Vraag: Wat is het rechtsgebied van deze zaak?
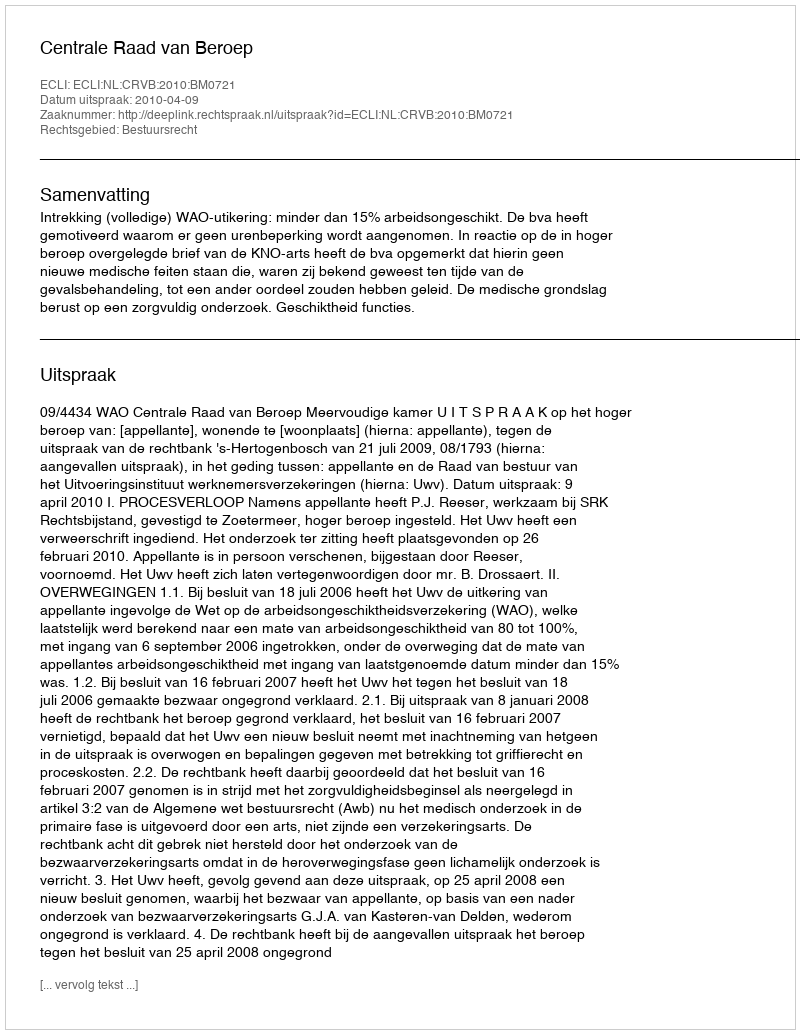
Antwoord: Bestuursrecht